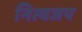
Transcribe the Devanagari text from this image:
नित्यजप